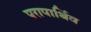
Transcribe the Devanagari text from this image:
परापार्थिव